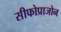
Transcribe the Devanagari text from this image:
सीफोप्राजोन